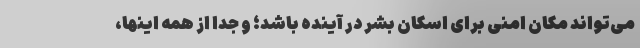
می‌تواند مکان امنی برای اسکان بشر در آینده باشد؛‌ و جدا از همه اینها،